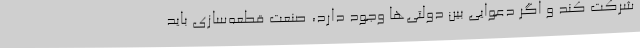
شرکت کند و اگر دعوایی بین دولتی‌ها وجود دارد، صنعت قطعه‌سازی باید